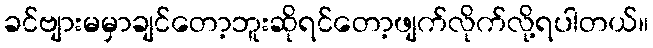
ခင်ဗျားမမှာချင်တော့ဘူးဆိုရင်တော့ဖျက်လိုက်လို့ရပါတယ်။